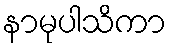
နာမုပါသိကာ